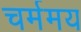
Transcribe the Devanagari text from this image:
चर्ममय